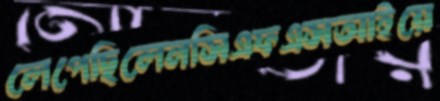
লেপেছিলেনসিএফএসআইয়ে